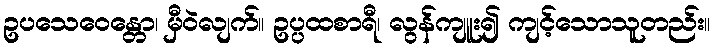
ဥပသေဝေန္တော၊ မှီဝဲလျက်။ ဥပ္ပထစာရီ၊ လွန်ကျူး၍ ကျင့်သောသူတည်း။